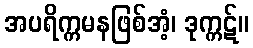
အပရိက္ကမနဖြစ်အံ့၊ ဒုက္ကဋ်။